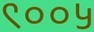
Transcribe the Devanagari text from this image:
९००५